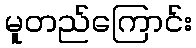
မူတည်ကြောင်း